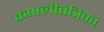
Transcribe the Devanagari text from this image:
कपालीतंत्रिका